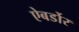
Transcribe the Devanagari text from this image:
ऐबर्डोर